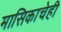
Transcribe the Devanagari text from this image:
मासिकाचेही